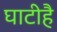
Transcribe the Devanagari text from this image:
घाटीहै